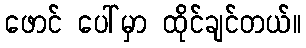
ဖောင် ပေါ်မှာ ထိုင်ချင်တယ်။